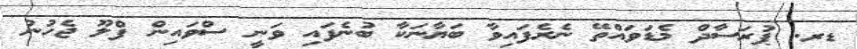
ޑރ. ޕުރަސާދް މެޑަވައްތޭ ނެރެފައިވާ ބަޔާނަކާ ބުނެފައި ވަނީ ސްވައިން ފްލޫ ޖެހުނު